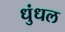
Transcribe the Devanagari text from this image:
धुंधल